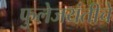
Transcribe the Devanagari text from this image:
फुलेजयंतीचे